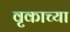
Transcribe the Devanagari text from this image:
वृकाच्या